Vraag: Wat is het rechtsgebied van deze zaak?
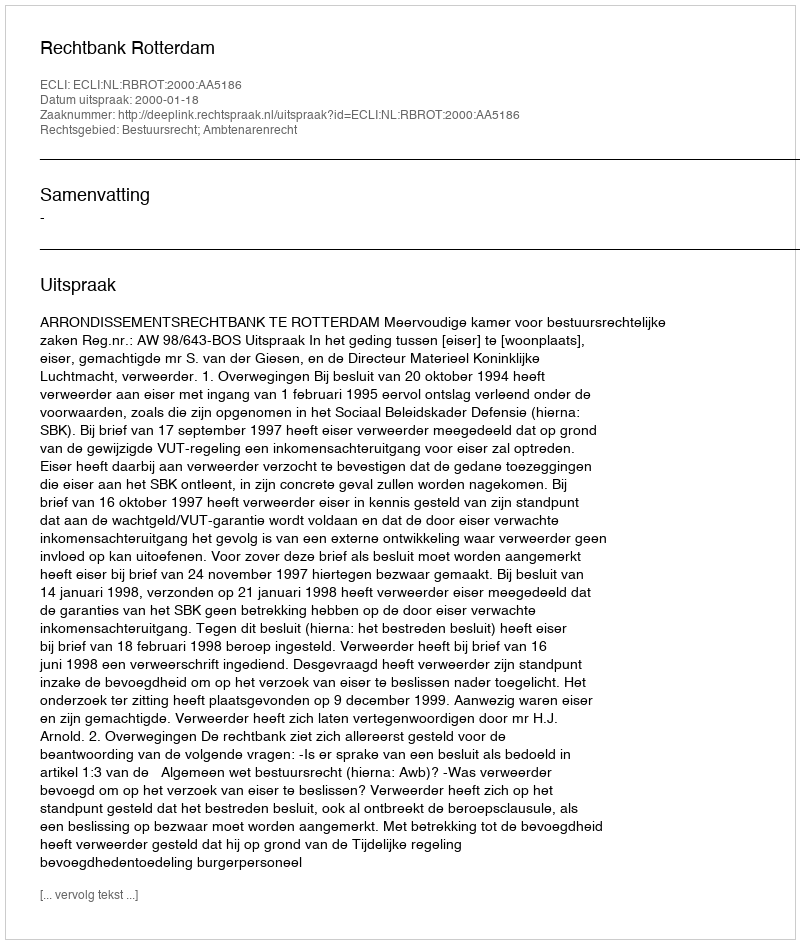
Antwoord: Bestuursrecht; Ambtenarenrecht